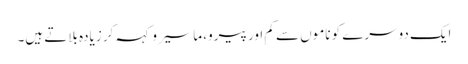
ایک دوسرے کو ناموں سے کم اور پیرو، ماسیرو کہہ کر زیادہ بلاتے ہیں۔